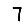
Digit: 7